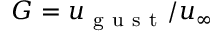
G = u _ { \mathrm { ~ g ~ u ~ s ~ t ~ } } / u _ { \infty }